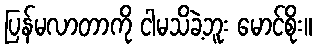
ပြန်မလာတာကို ငါမသိခဲ့ဘူး မောင်စိုး။